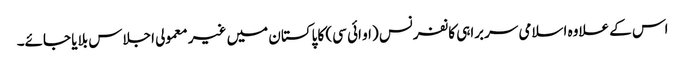
اس کے علاوہ اسلامی سربراہی کانفرنس (او ائی سی) کا پاکستان میں غیر معمولی اجلاس بلایا جائے۔